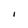
Character: I